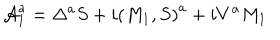
{ \cal A } _ { 1 } ^ { a } = \Delta ^ { a } S + i \left( M _ { 1 } , S \right) ^ { a } + i V ^ { a } M _ { 1 }